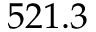
5 2 1 . 3